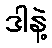
ဒါနဲ့